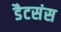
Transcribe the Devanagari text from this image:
डैटसंस